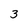
Character: 3